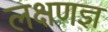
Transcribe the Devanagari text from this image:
लक्षणज्ञ